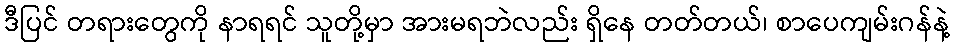
ဒီပြင် တရားတွေကို နာရရင် သူတို့မှာ အားမရဘဲလည်း ရှိနေ တတ်တယ်၊ စာပေကျမ်းဂန်နဲ့